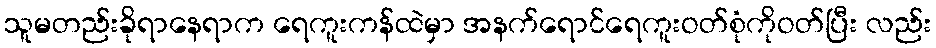
သူမတည်းခိုရာနေရာက ရေကူးကန်ထဲမှာ အနက်ရောင်ရေကူးဝတ်စုံကိုဝတ်ပြီး လည်း